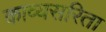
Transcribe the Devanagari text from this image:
काव्यसरिता